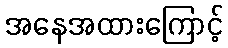
အနေအထားကြောင့်